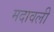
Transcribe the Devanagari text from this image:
मदावली